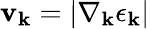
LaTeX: \mathbf{v}_{\mathbf{{k}}}=|\nabla_{\mathbf{{k}}}\epsilon_{\mathbf{{k}}}|